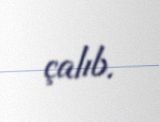
çalıb.